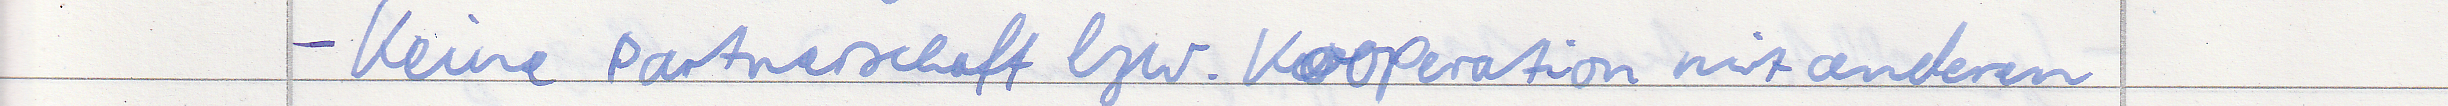
- Keine Partnerschaft bzw. Kooperation mit anderen